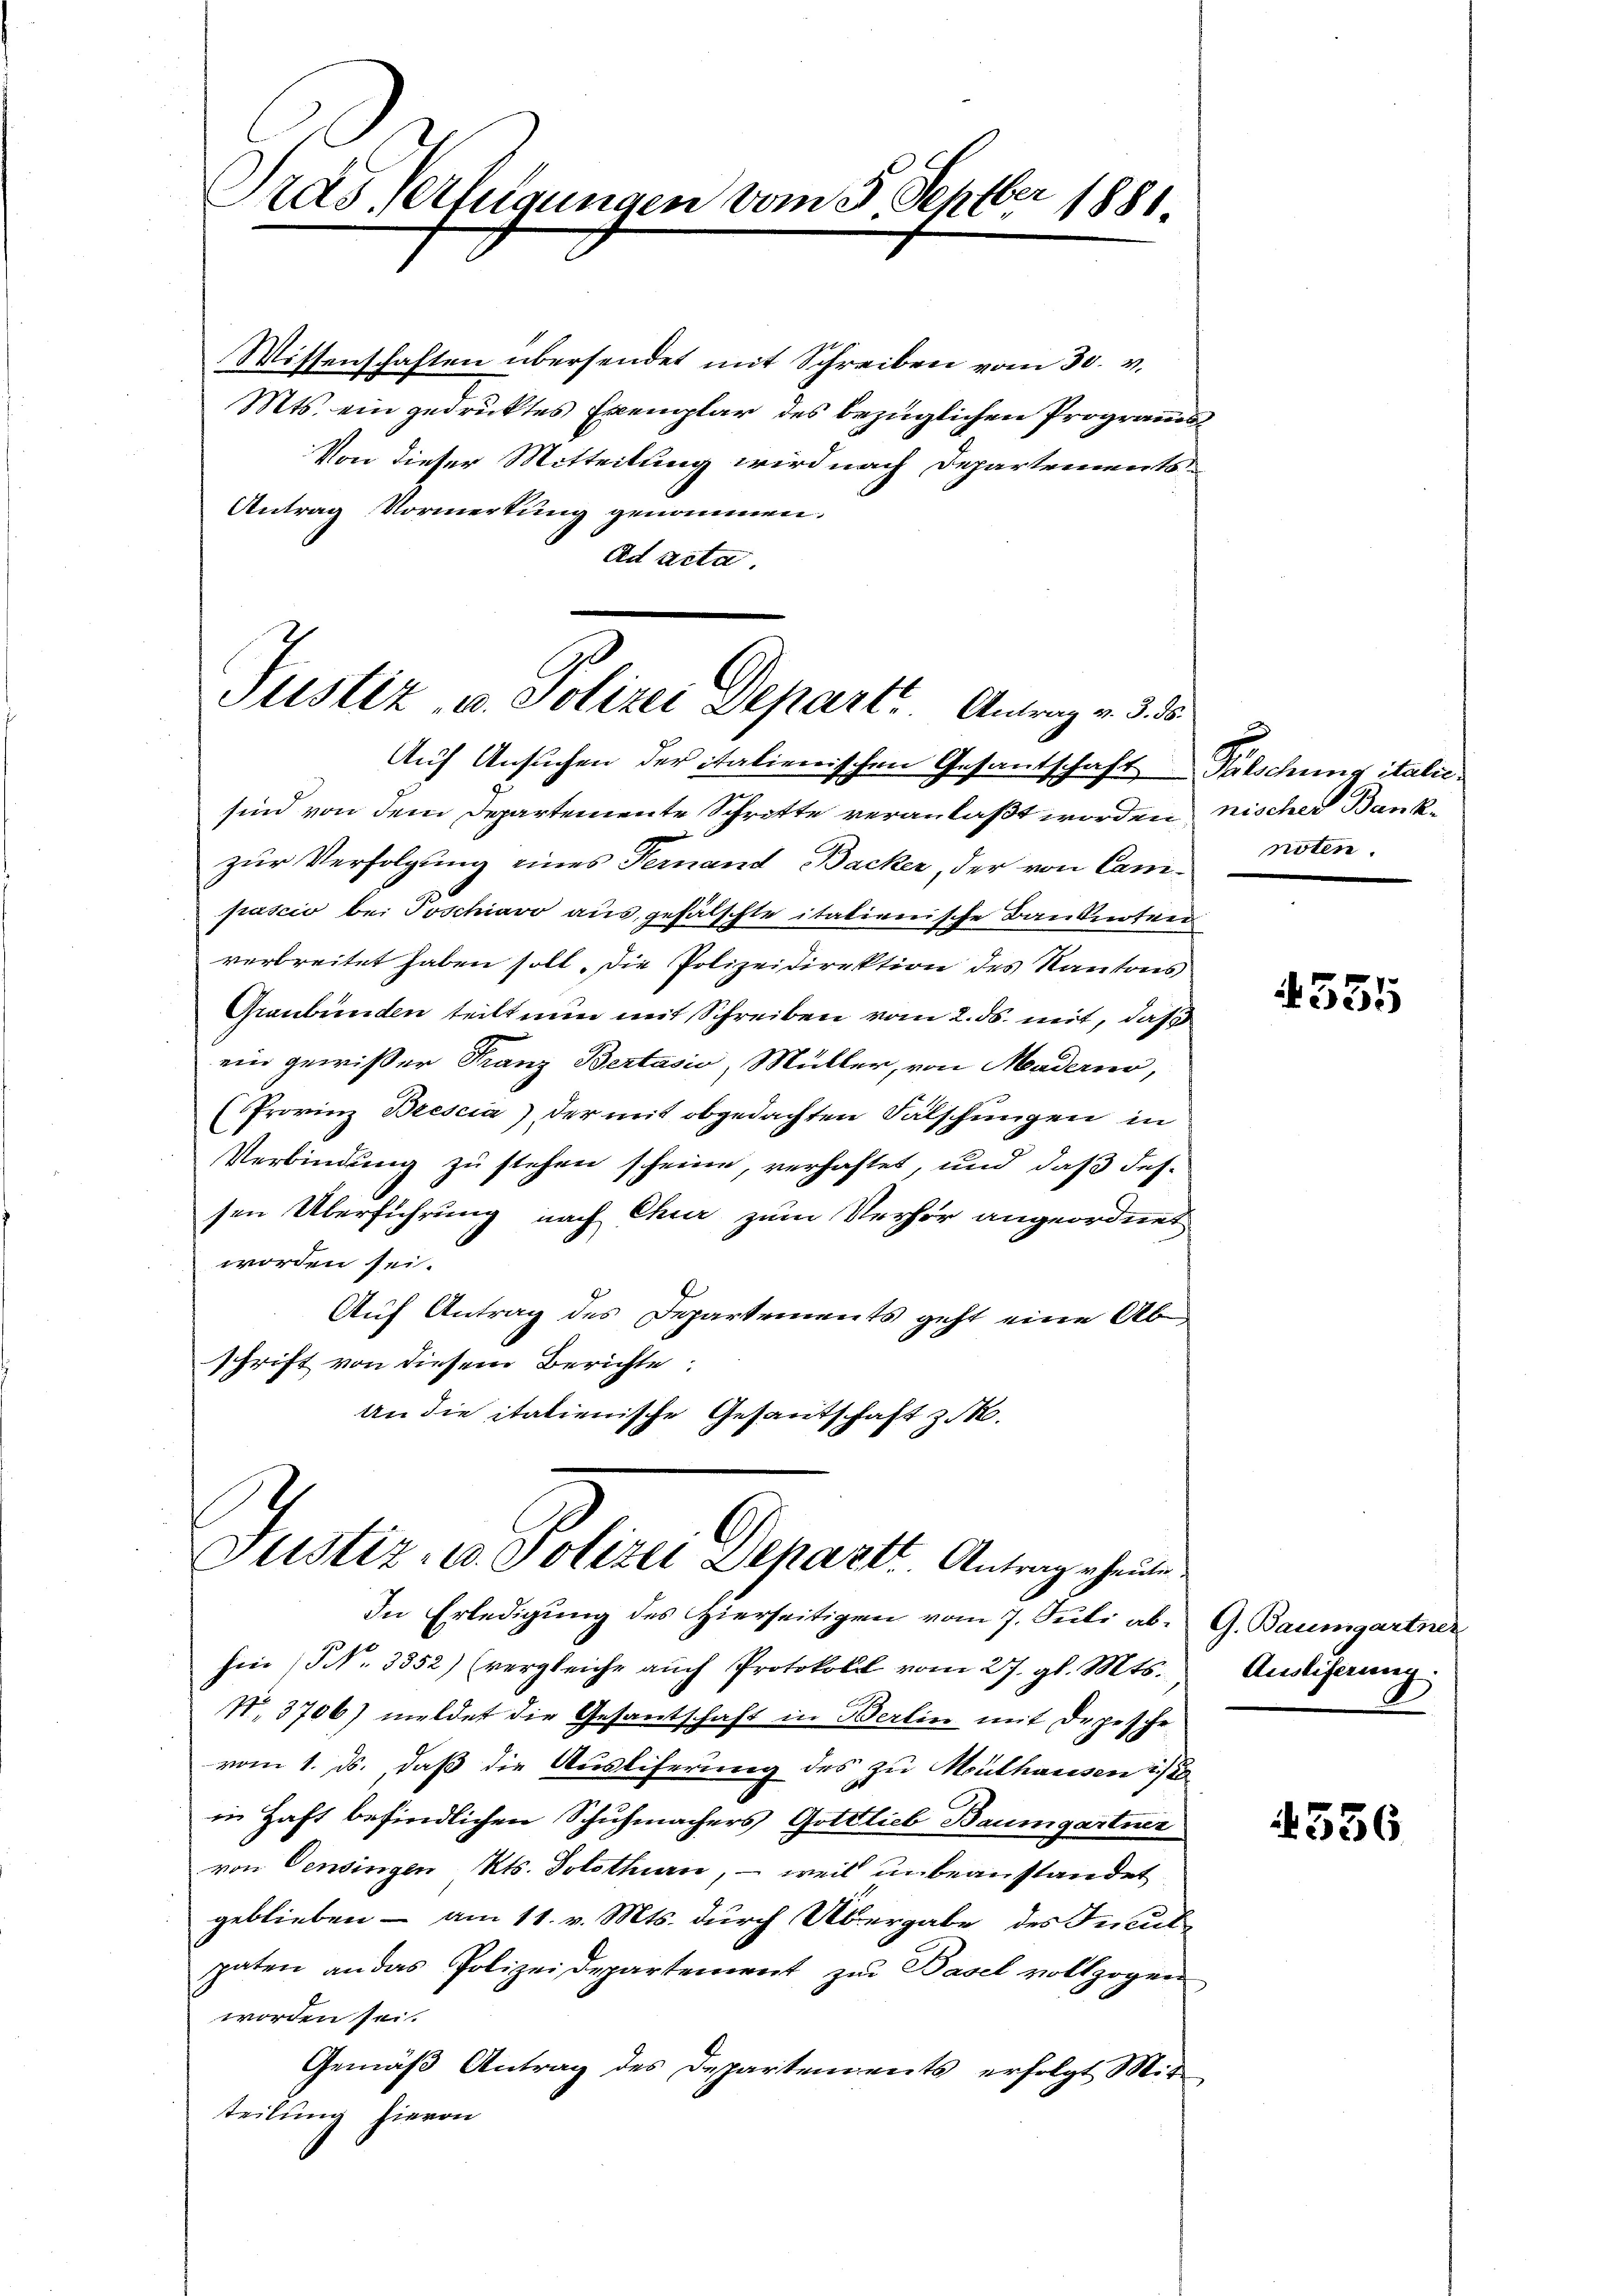
Tras Verfügungen vom 5. Septber 1881.

Justiz, u. Polizei Depart. Antrag v. 3. 35
Auf Ansuchen der italienischen Gesantschaft Palschung italie¬

Wissenschaften übersendet mit Schreiben vom 30. v.
Mts. ein gedruktes Exemplar des bezüglichen Programms¬
Von dieser Mitteilung wird nach Departements
Antrag Vormerkung genommen.
Ad acta.

sind von dem Departemente Schritte veranlaßt worden, nischer Bankzur Verfolgung eines Fernand Backer, der von Cannoten
frascio bei Poschiavo aus gefälschte italienische Bauteten
verbreitet haben soll. Die Polizeidirektion des Kantons
Graubünden teilt nun mit Schreiben vom 2. ds. mit, daß
ein gewisser Franz Bertasio, Müller, von Madern,
(Provinz Brescia), der mit obgedachten Fälschungen in
Verbindung zu stehen scheine, verhaftet, und daß dessen Überführung nach Chur zum Verhör angeordnet
worden sei.
Auf Antrag des Departements geht eine Ab
schrift von diesem Berichte:
An die italienische Gesantschaft z. B.

hin (No. 3352) (vergleiche auch Protokoll vom 27. gl. Mts.,
No. 3706) meldet die Gesantschaft in Berlin mit Depesche
vom 1. ds. daß die Ausliferung des zu Mülhausen is
in Haft befindlichen Schuhmachers Gottlieb Baumgartner
von Censingen Kts. Solothurn, – weil unbeanstandet
geblieben - am 11. v. Mts. durch Übergabe des Faculpaten an das Polizeidepartement zur Basel vollzogen
worden sei.
Gemäß Antrag des Departements erfolgt Mitteilung hievon

Justiz, in Polizei Departt. Antrag heut
In Erledigung des Hierseitigen vom 7. Juli ab. G. Baumgartner

4535

Auslieferung

1536